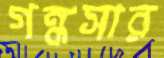
গন্ধসার